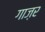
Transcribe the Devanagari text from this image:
गाज़र